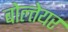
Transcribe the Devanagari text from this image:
बोल्तेयर